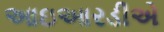
આઇઆરડીએ